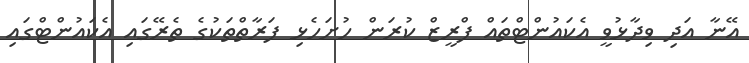
އޭނާ އަދި ވިދާޅުވީ އެކައުންޓްތައް ފްރީޒް ކުރަން ހުށަހެޅި ފަރާތްތަކުގެ ތެރޭގައި އެކައުންޓްގައި